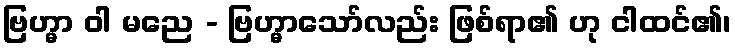
ဗြဟ္မာ ဝါ မညေ - ဗြဟ္မာသော်လည်း ဖြစ်ရာ၏ ဟု ငါထင်၏၊